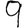
Digit: 9